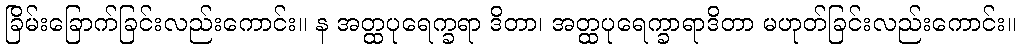
ခြိမ်းခြောက်ခြင်းလည်းကောင်း။ န အတ္ထပုရေက္ခရာ ဒိတာ၊ အတ္ထပုရေက္ခာရာဒိတာ မဟုတ်ခြင်းလည်းကောင်း။